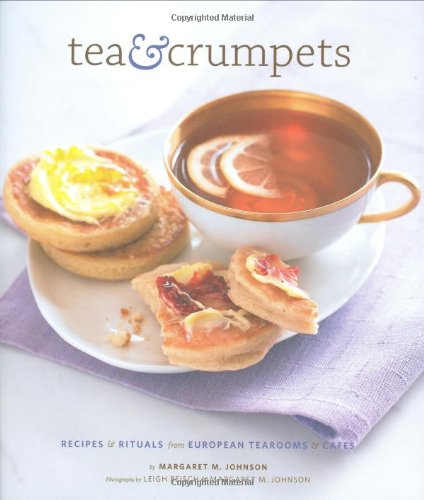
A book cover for Tea and Crumpets; Margaret M. Johnson; Cookbooks, Food & Wine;